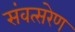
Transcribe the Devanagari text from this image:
संवत्सरेण